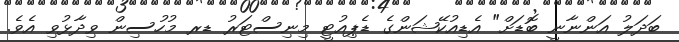
ބަދަލު އަންނާނީ ބޮޑަށް" އެޑިއުކޭޝަންގެ ޑެޕިއުޓީ މިނިސްޓަރު ޑރ މުހުސިން ވިދާޅުވި އެވެ.